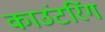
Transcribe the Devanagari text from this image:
काउंटरिंग